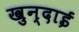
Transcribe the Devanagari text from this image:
खुन्दाई